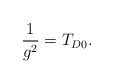
\begin{align*}\frac{1}{g^2} = T_{D0}. \end{align*}